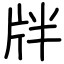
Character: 牉